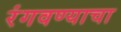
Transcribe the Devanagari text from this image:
रंगवण्याचा